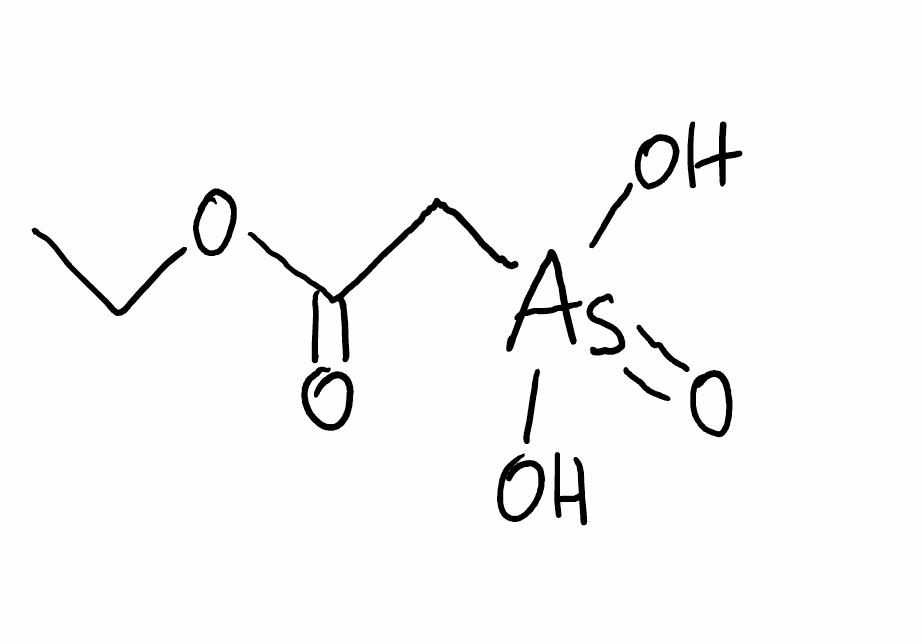
Simplified molecular-input line-entry system (SMILES) notation of the given molecule:
CCOC(=O)C[As](=O)(O)O